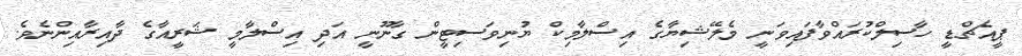
ޕީއެޗްޑީ ހާސިލްކުރައްވާފައިވަނީ މެލޭޝިޔާގެ އިސްލާމިކް ޔުުނިވަސިޓީން ގާނޫނީ އަދި އިސްލާމީ ޝަރީއާގެ ދާއިރާއިންނެވެ.